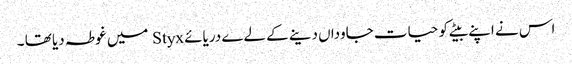
اس نے اپنے بیٹے کو حیات جاوداں دینے کے لےے دریائے Styx میں غوطہ دیا تھا ۔